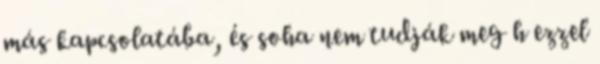
más kapcsolatába, és soha nem tudják meg h ezzel